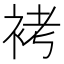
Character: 𧙲